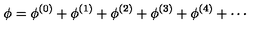
\phi = \phi ^ { ( 0 ) } + \phi ^ { ( 1 ) } + \phi ^ { ( 2 ) } + \phi ^ { ( 3 ) } + \phi ^ { ( 4 ) } + \cdots